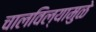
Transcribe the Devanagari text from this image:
चालविल्यामुळे